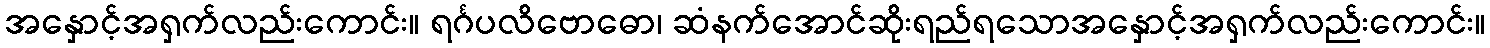
အနှောင့်အရှက်လည်းကောင်း။ ရင်္ဂပလိဗောဓော၊ ဆံနက်အောင်ဆိုးရည်ရသောအနှောင့်အရှက်လည်းကောင်း။